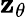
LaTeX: \mathbf{z}_{\theta}